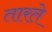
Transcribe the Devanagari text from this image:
तारते